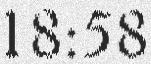
18:58